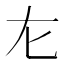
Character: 㔫